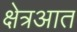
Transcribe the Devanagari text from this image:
क्षेत्रआत